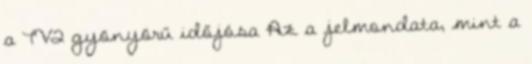
a TV2 gyönyörű időjósa Az a jel­mon­data, mint a